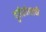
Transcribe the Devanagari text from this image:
गुर्जरवंशाची